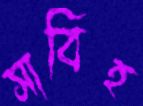
সাবিহ